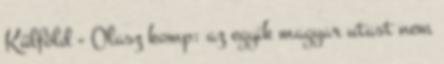
Külföld - Olasz komp: az egyik magyar utast nem